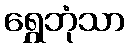
ရွှေဘုံသာ